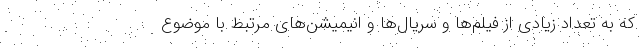
که به تعداد زیادی از فیلم‌ها و سریال‌ها و انیمیشن‌های مرتبط با موضوع